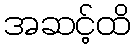
အဆင့်ထိ